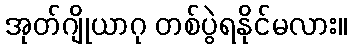
အုတ်ဂျိုယာဂု တစ်ပွဲရနိုင်မလား။